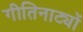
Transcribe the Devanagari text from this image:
गीतिनाट्यों